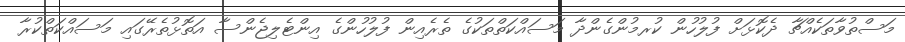
މަސްތުވާތަކެއްޗާ ދެކޮޅަށް ފުލުހުން ކުރމުންގެންދާ މަސައްކަތްތަކުގެ ތެރެއިން ފުލުހުންގެ އިންޓެލިޖެންސާ އަތޮޅުތެރޭގައި މަސައްކަތްކުރާ